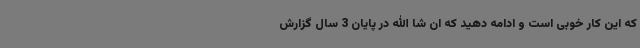
که این کار خوبی است و ادامه دهید که ان شا الله در پایان 3 سال گزارش